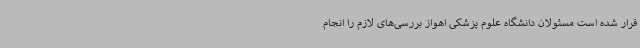
قرار شده است مسئولان دانشگاه علوم پزشکی اهواز بررسی‌های لازم را انجام